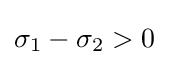
\sigma _{1}-\sigma _{2}>0